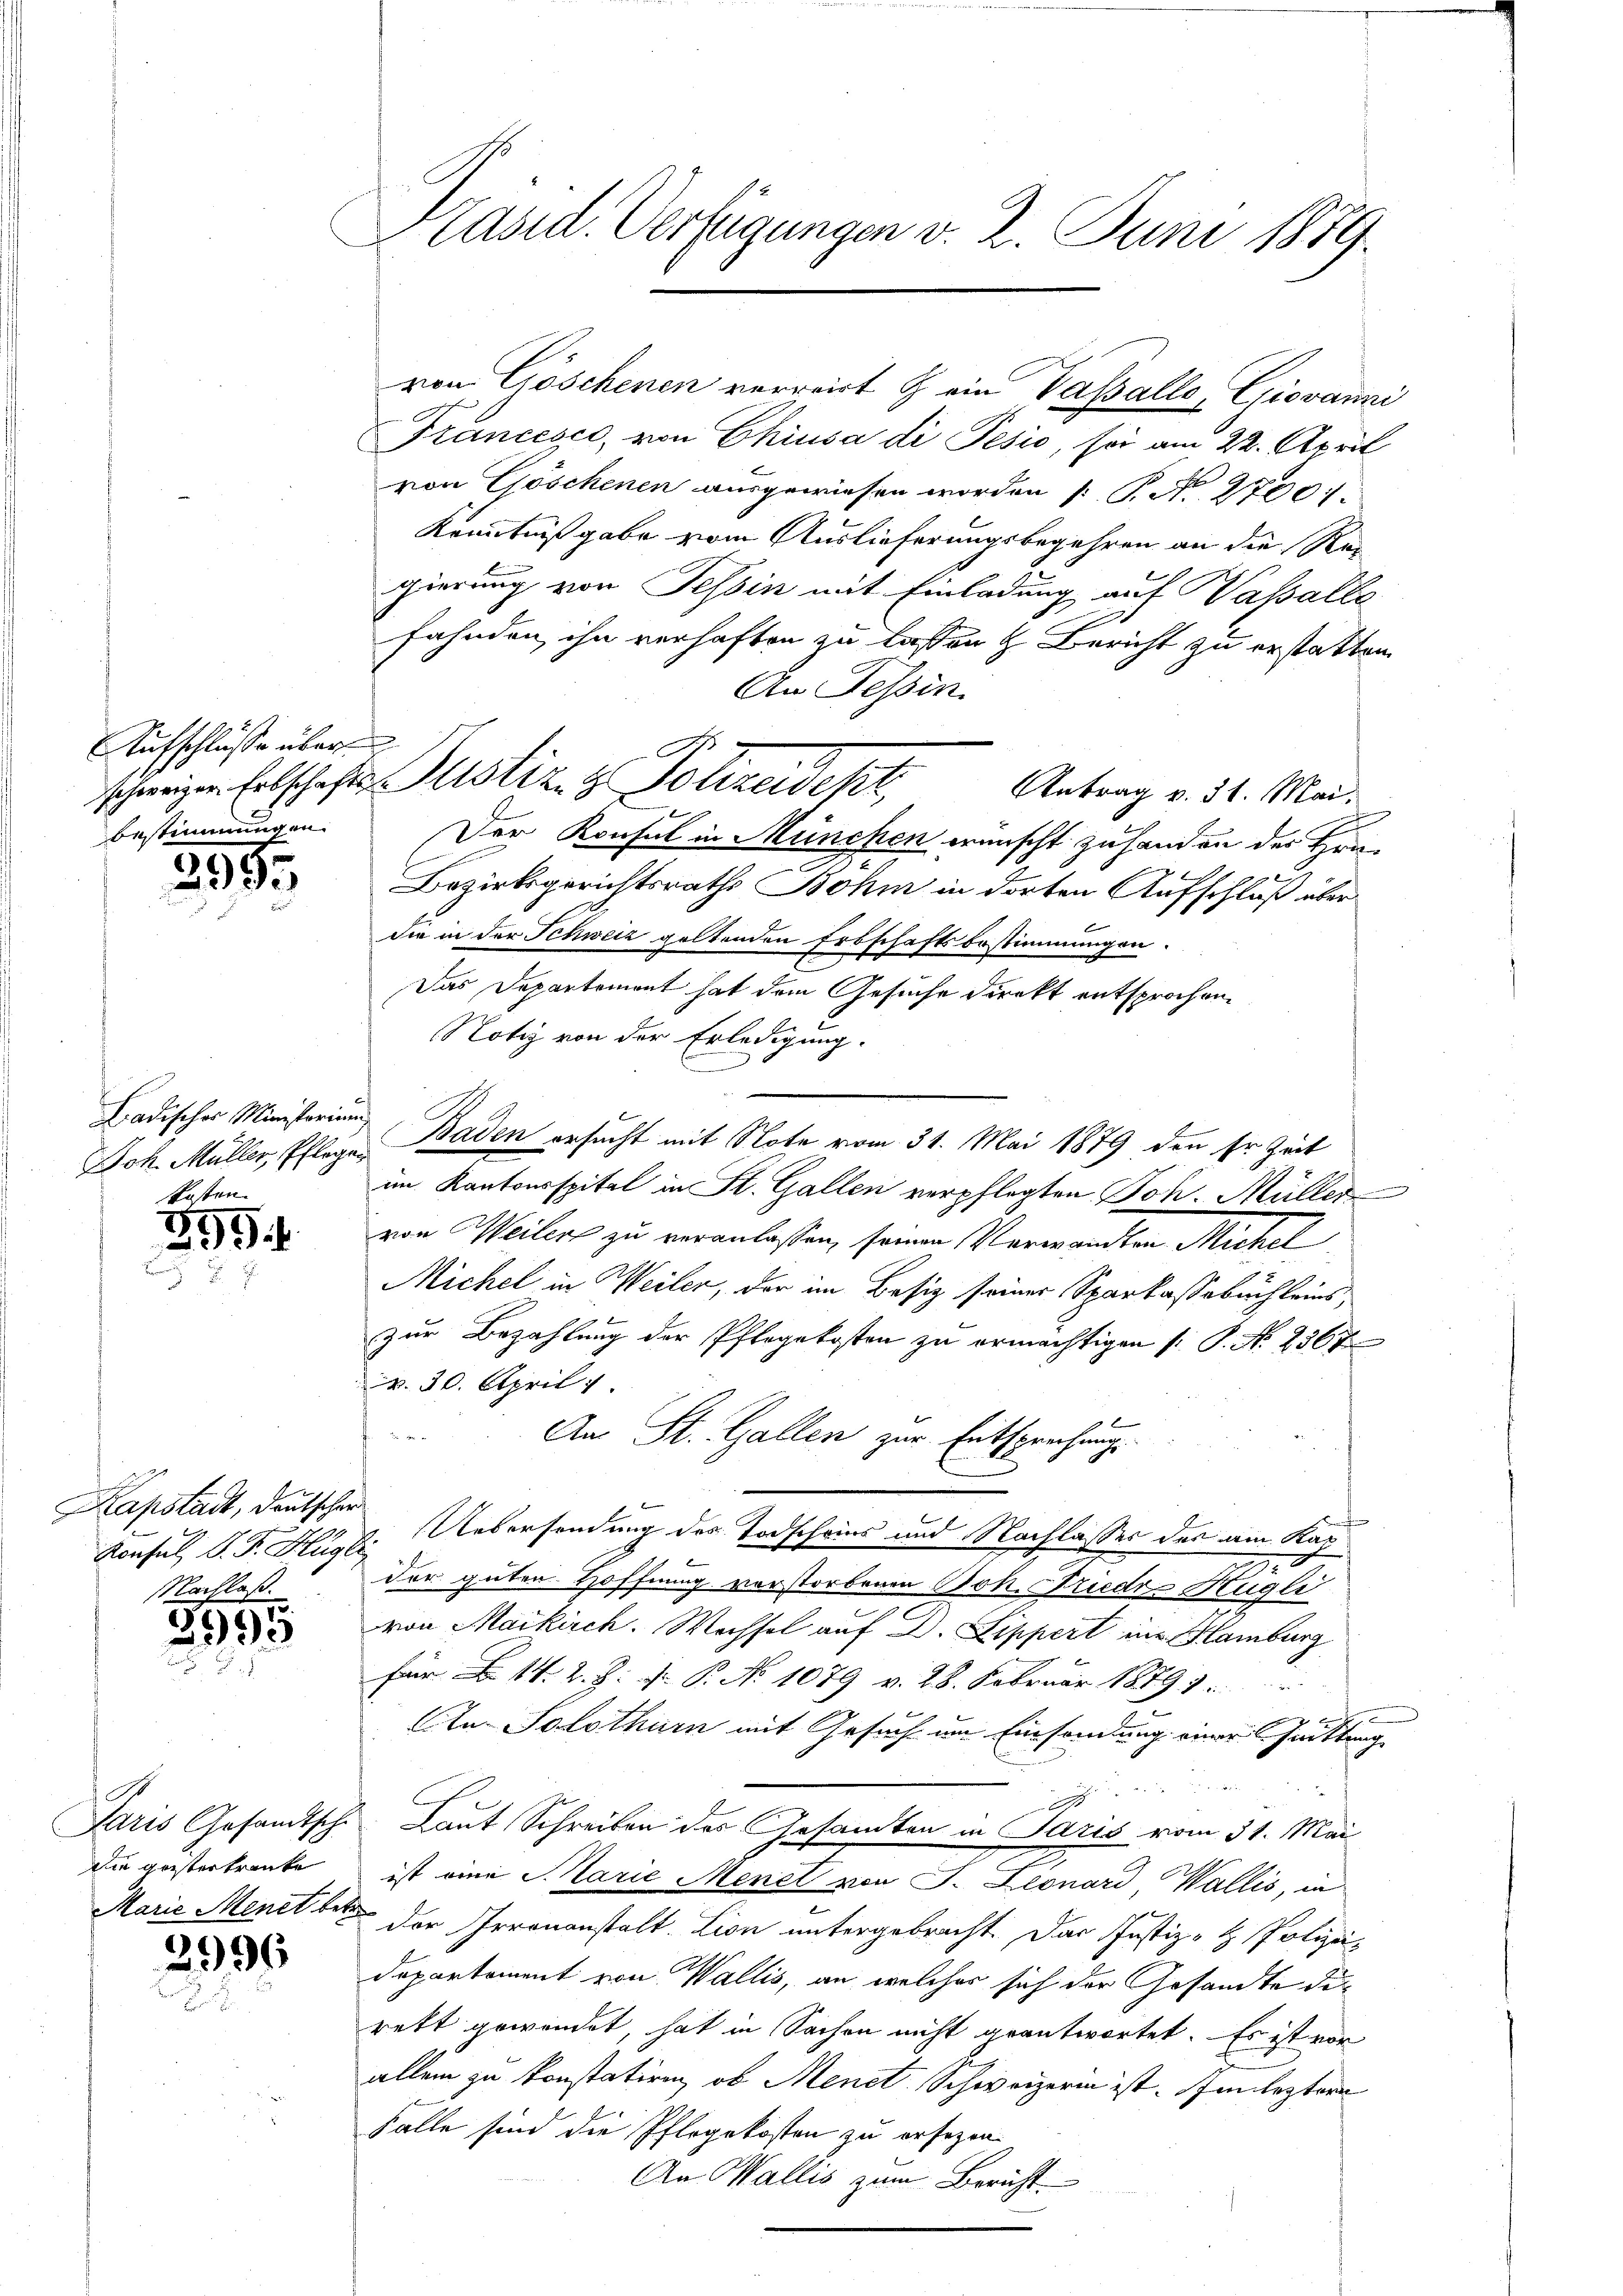
Aufschlüsse über
bestimmungen.

2935

Ladischer Ministerium
kosten.

399
b

Kapstadt, deutschen
NNachlaß.

3995

A
Die geistertranke
Marie Menet betr.

2996

Präsid. Verfügungen v. 2. Juni 1879.

Francesco, von Chiusa di Pesio, sei am 22. April
von Göschenen ausgewiesen worden P. N. 27007
Kenntnißgabe vom Auslieferungsbegehren an die Rei
gierung von Tessin mit Einladung auf Hassalle
I
fahnden ihn verhaften zu lassen & Bericht zu erstatten
An Tessin
Antrag v. 31. Mai.
Der Konsul in München wünscht zu handen des Hrn.
Bezirksgerichtsraths Böhm in dorten Aufschluß über
die in der Schweiz geltenden Erbschaftsbestimmungen.
Das Departement hat dem Gesuche direkt entsprochen.
Notiz von der Erledigung.
b
Jok. Müller, Pflege, Baden ersucht mit Note vom 31. Mai 1879 den sr. Zeit
im Kantonsspital in St. Gallen verpflegten Joh. Müller
von Weiler zu veranlassen, seinen Verwandten Michel
Michel in Weiler, der im Besiz seiner Sparkassebuchleinszur Bezahlung der Pflegekosten zu ermächtigen (: P. Nr. 2567
v. 30. April 1
An St. Gallen zur Entsprechungs
Berichtung
Konsul F. P. Huste Uebersendung des Todscheins und Nachlasses der am Kap
der guten Hoffnung verstorbenen Joh. Friedr-Hügli
von Maikirch. Wechsel auf Dr. Lippert in Hamburg
für 14. 2. Z. d. P. No 1079 v. 28. Februar 18791
7
An Solothurn mit Gesuch im Einsammlung einer sittung

2
Paris Gesandtsche Laut Schreiben der Gesamten in Paris vom 31. Mai
ist eine Marie Menel von J. Leonard, Wallis, in
der Irrenanstalt Lion untergebracht. Das Justiz- & Polizeidepartement von Wallis, an, welches sich der Gesandte die
rett gewendet, hat in Sachen nicht geantwortet. Es ist vor
allein zu konstatiren, ob Menet. Schweizerin ist. Im leztern
Falle sind die Pflegekosten zu ersezen.
An Wallis zum Bericht

schweigen Erbschafte Justiz- & Polizeidekt

von Göschenen verreirt & ein Vasalle, Giovanni